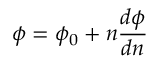
\phi = \phi _ { 0 } + n \frac { d \phi } { d n }